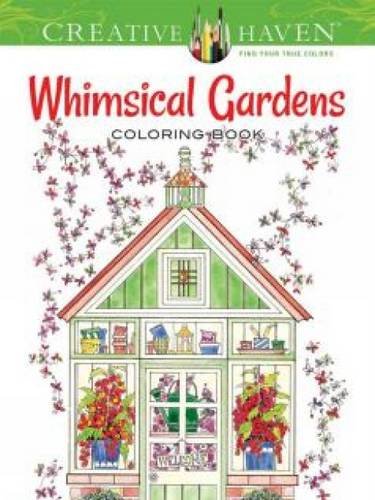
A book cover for Creative Haven Whimsical Gardens Coloring Book (Creative Haven Coloring Books); Alexandra Cowell; Crafts, Hobbies & Home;